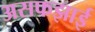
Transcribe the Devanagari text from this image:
असफझाई